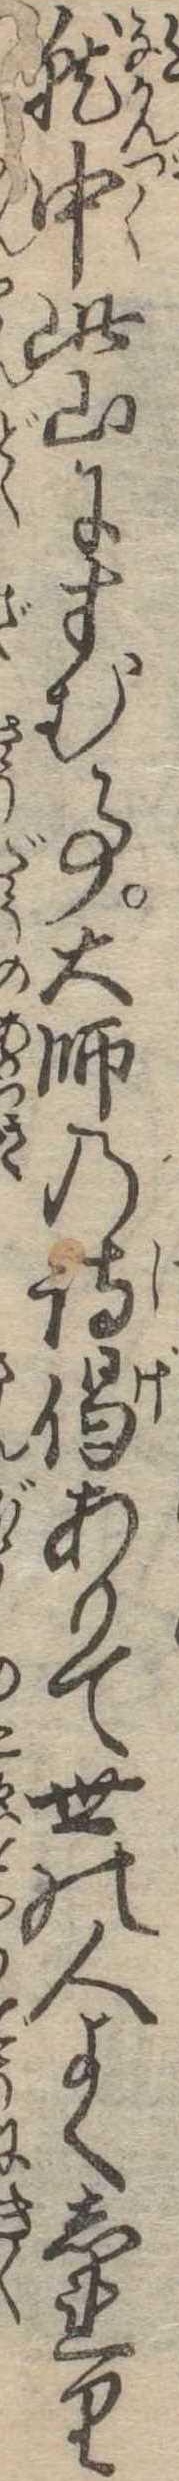
就中此山にすむ事大師の詩偈ありて世の人よくしれり